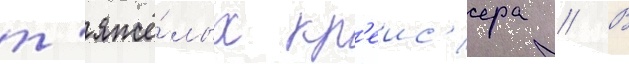
т'яжё́лых кр'еис'ера // В